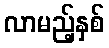
လာမည့်နှစ်